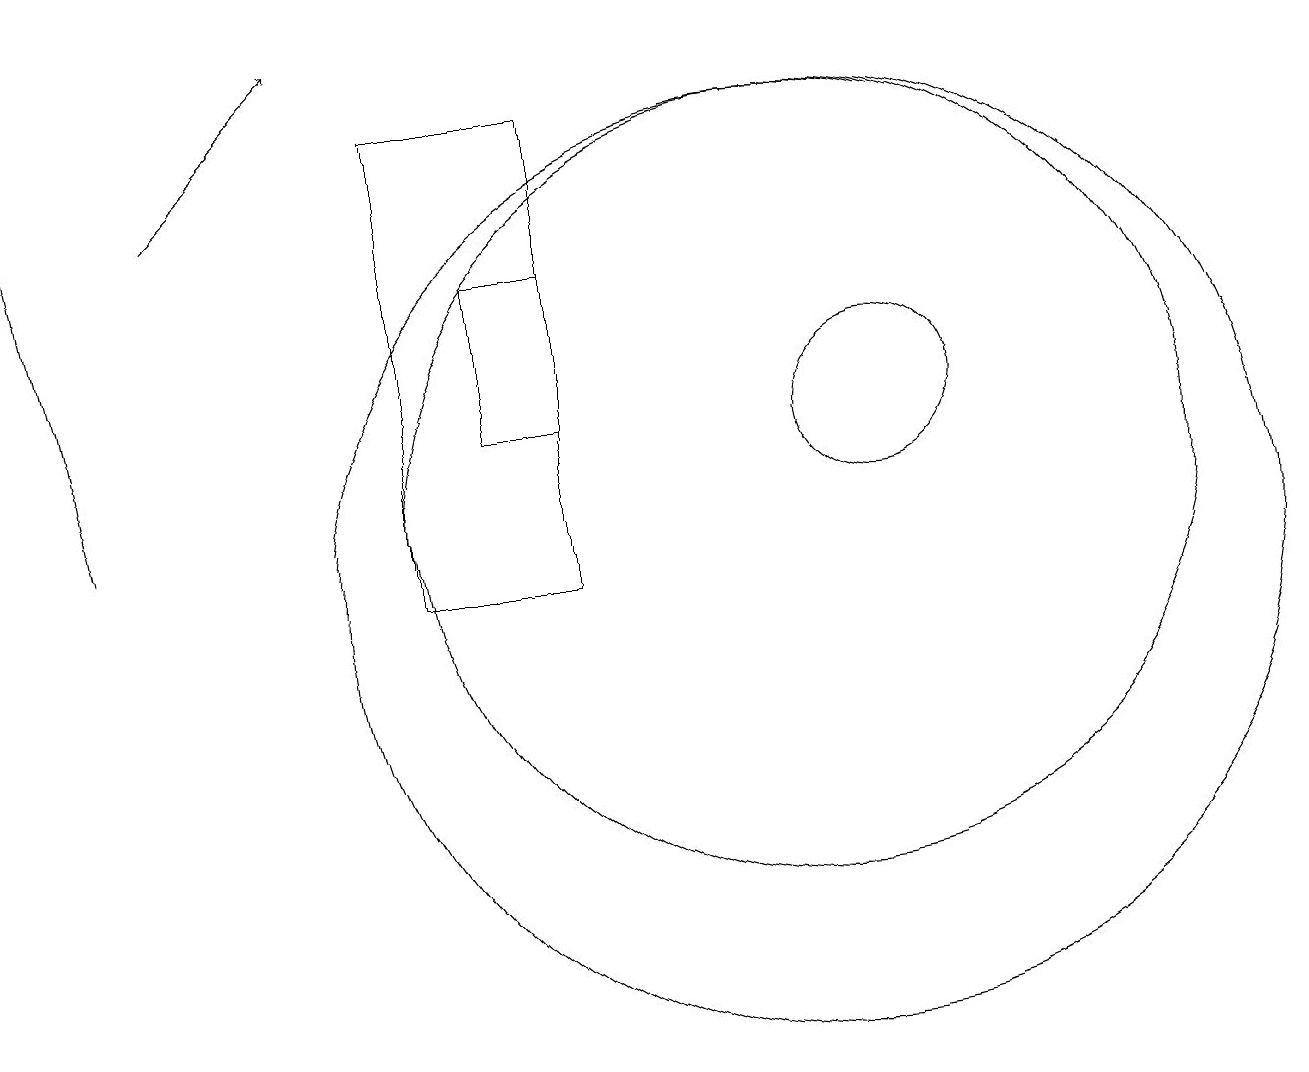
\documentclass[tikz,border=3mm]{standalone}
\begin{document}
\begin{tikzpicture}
\draw (11,11) circle (5);
\draw (7,12) rectangle (8,14);
\draw (11,10) circle (6);
\draw[->] (2,11) -- (1,16);
\draw[->] (3,15) -- (5,17);
\draw (12,12) circle (1);
\draw (8,16) rectangle (6,10);
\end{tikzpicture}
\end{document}